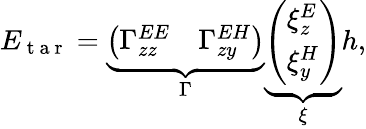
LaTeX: \begin{array}{r}{E_{\mathrm{~t~a~r~}}=\underbrace{\left(\begin{array}{ll}{\Gamma_{zz}^{EE}}&{\Gamma_{zy}^{EH}}\end{array}\right)}_{\Gamma}\underbrace{\left(\begin{array}{l}{\xi_{z}^{E}}\\ {\xi_{y}^{H}}\end{array}\right)}_{\xi}h,}\end{array}